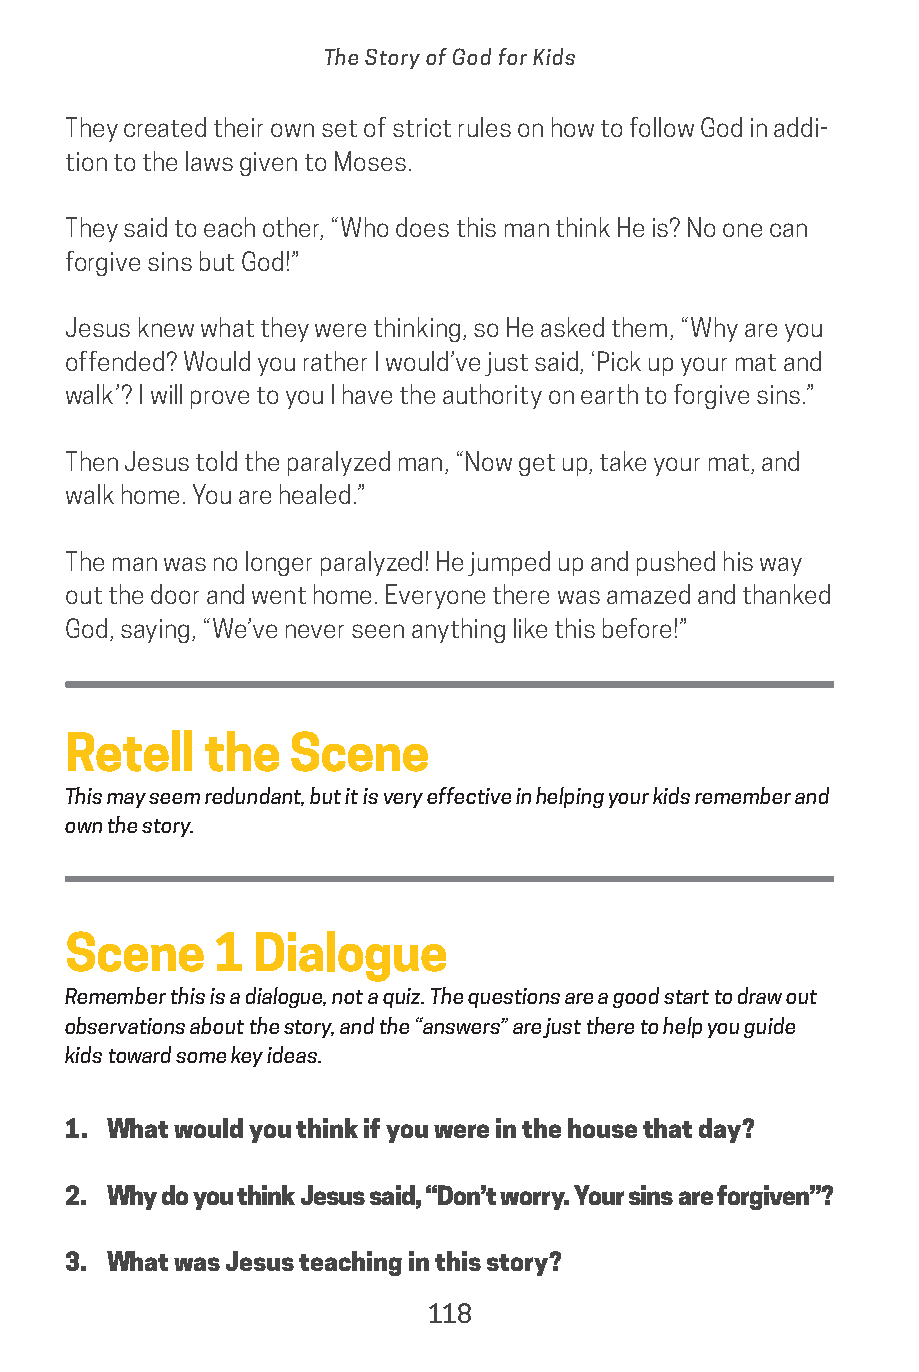
The Story of God for Kids
 They created their own set of strict rules on how to follow God in addi-
 tion to the laws given to Moses.
 They said to each other, “Who does this man think He is? No one can
 forgive sins but God!”
 Jesus knew what they were thinking, so He asked them, “Why are you
 offended? Would you rather I would’ve just said, ‘Pick up your mat and
 walk’? I will prove to you I have the authority on earth to forgive sins.”
 Then Jesus told the paralyzed man, “Now get up, take your mat, and
 walk home. You are healed.”
 The man was no longer paralyzed! He jumped up and pushed his way
 out the door and went home. Everyone there was amazed and thanked
 God, saying, “We’ve never seen anything like this before!”
 Retell   the   Scene
 This may seem redundant, but it is very effective in helping your kids remember and
 own the story.
 Scene     1 Dialogue
 Remember this is a dialogue, not a quiz. The questions are a good start to draw out
 observations about the story, and the “answers” are just there to help you guide
 kids toward some key ideas.
 1. What would you think if you were in the house that day?
 2. Why do you think Jesus said, “Don’t worry. Your sins are forgiven”?
 3. What was Jesus teaching in this story?
 118
 saturate-story_of_god_kids-2.indd 118             8/10/17 10:11 PM